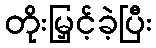
တိုးမြှင့်ခဲ့ပြီး